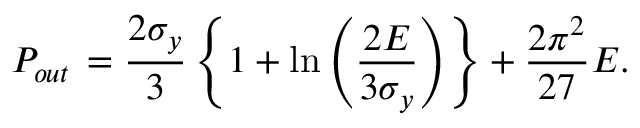
P _ { o u t } \, = \frac { 2 \sigma _ { y } } { 3 } \left\{ 1 + \ln \left( \frac { 2 E } { 3 \sigma _ { y } } \right) \right\} + \frac { 2 \pi ^ { 2 } } { 2 7 } E .